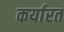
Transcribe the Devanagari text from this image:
कर्यारत